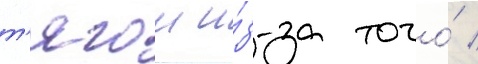
т'ягои и́з-за того́ /